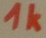
Text: 1K